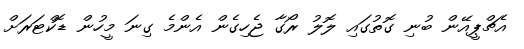
އެޗްޕީއޭން ބުނި ގޮތުގައި ލޮލު ރޯގާ ޖެހިގެން އެންމެ ގިނަ މީހުން ޑޮކްޓަރަށް